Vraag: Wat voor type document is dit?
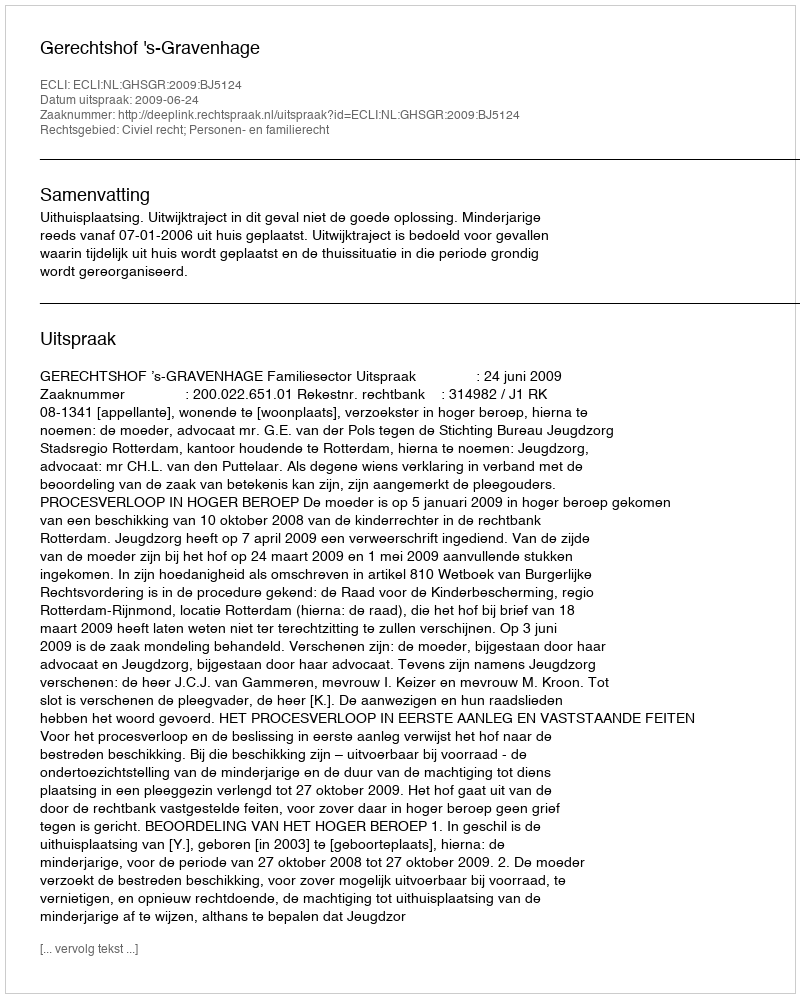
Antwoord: Uitspraak